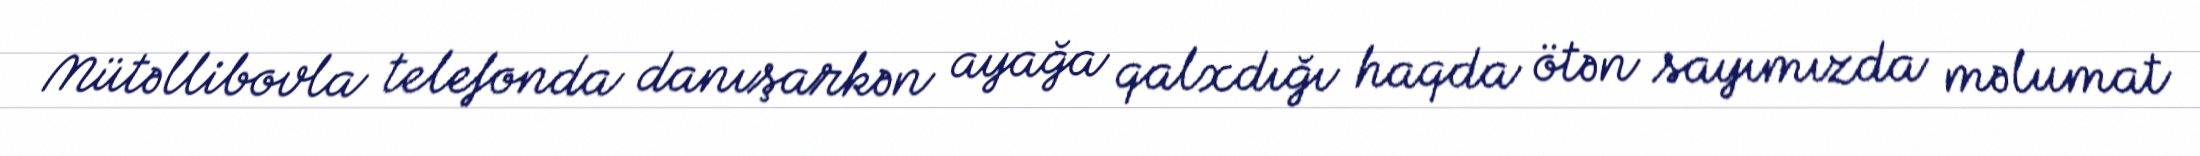
Mütəllibovla telefonda danışarkən ayağa qalxdığı haqda ötən sayımızda məlumat